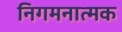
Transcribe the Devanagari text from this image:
निगमनात्‍मक